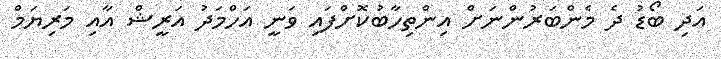
އަދި ބޯޑު ދެ މެންބަރުންނަށް އިންތިހާބުކޮށްފައި ވަނީ އަހްމަދު އަރީޝް އާއި މަރިޔަމް